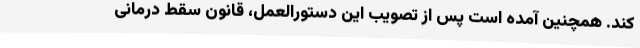
کند. همچنین آمده است پس از تصویب این دستورالعمل، قانون سقط درمانی